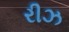
રીઝ